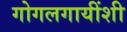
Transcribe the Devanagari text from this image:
गोगलगायींशी